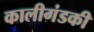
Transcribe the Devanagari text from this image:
कालीगंडकी